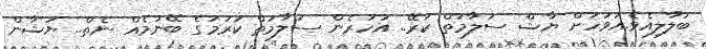
ބަލާލިއެވެ.އަވަހަށް ޔާޝް ސަލާމަތް ކުރޭ.. އަހަރެން ސަލާމަތް ކުރުމުގެ ބޭނުމެއް ނެތް.. ޔަޝާން